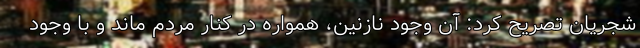
شجریان تصریح کرد: آن وجود نازنین، همواره در کنار مردم ماند و با وجود